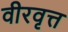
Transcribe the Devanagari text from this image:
वीरवृत्त